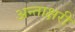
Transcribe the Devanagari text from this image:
अन्ताक्षरी